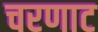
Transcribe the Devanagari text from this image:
चरणाट